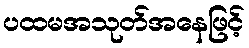
ပထမအသုတ်အနေဖြင့်